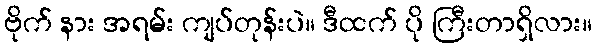
ဗိုက် နား အရမ်း ကျပ်တုန်းပဲ။ ဒီထက် ပို ကြီးတာရှိလား။